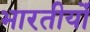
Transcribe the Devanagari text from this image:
भारतीयोँ